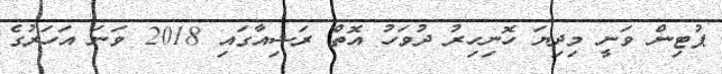
ޕުޓިން ވަނީ މިދިޔަ ހޮނިހިރު ދުވަހު އޮތް ރަޝިއާގައި 2018 ވަނަ އަހަރުގެ